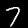
Digit: 7